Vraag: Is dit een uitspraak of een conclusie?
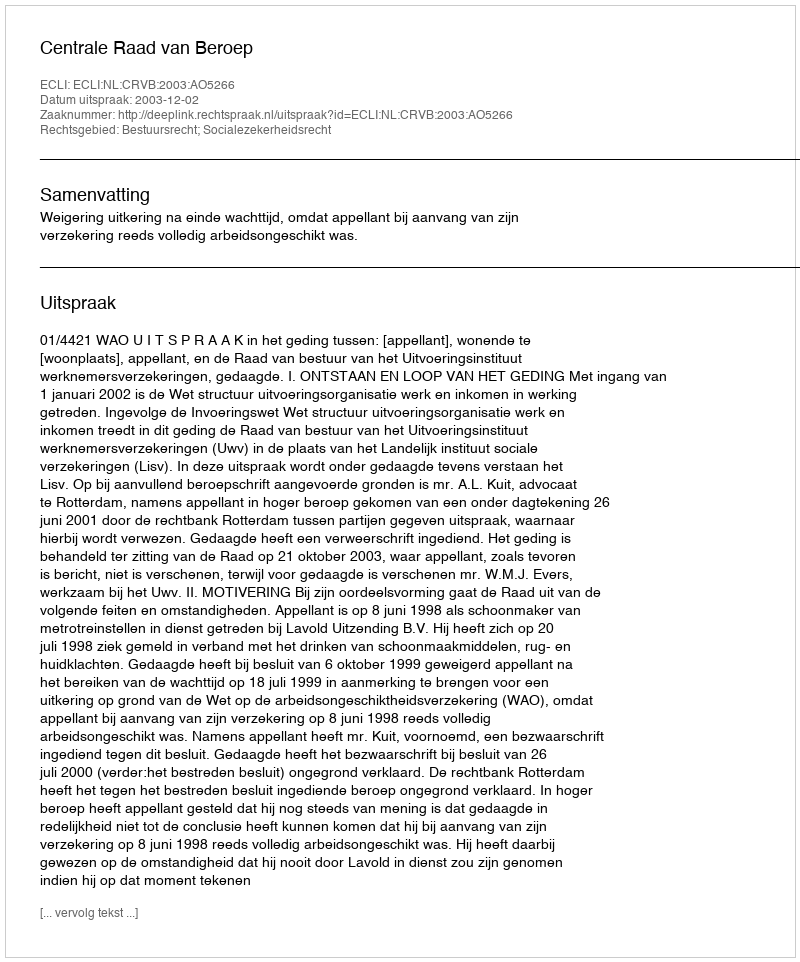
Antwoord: Uitspraak